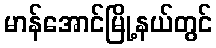
မာန်အောင်မြို့နယ်တွင်